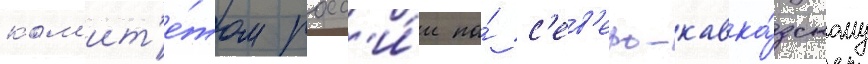
ком'ит'е́том росс'и́и по́ с'ев'еро-кавка́зскому